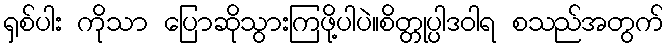
ရှစ်ပါး ကိုသာ ပြောဆိုသွားကြဖို့ပါပဲ။စိတ္တုပ္ပါဒဝါရ စသည်အတွက်